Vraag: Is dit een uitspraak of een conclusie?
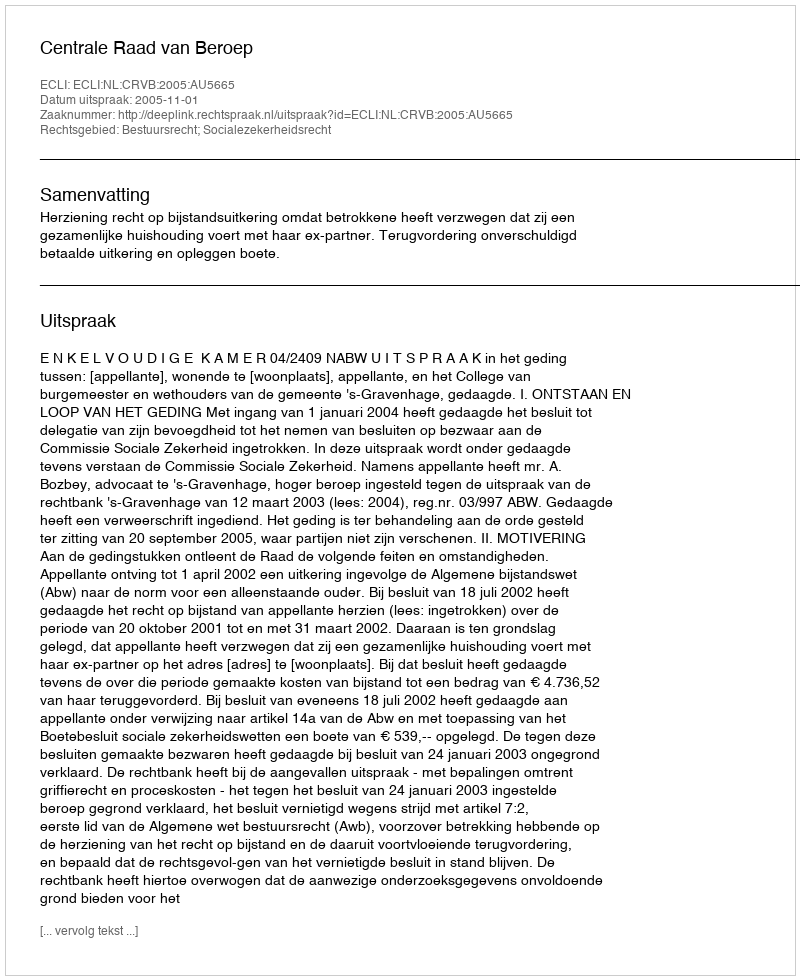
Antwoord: Uitspraak